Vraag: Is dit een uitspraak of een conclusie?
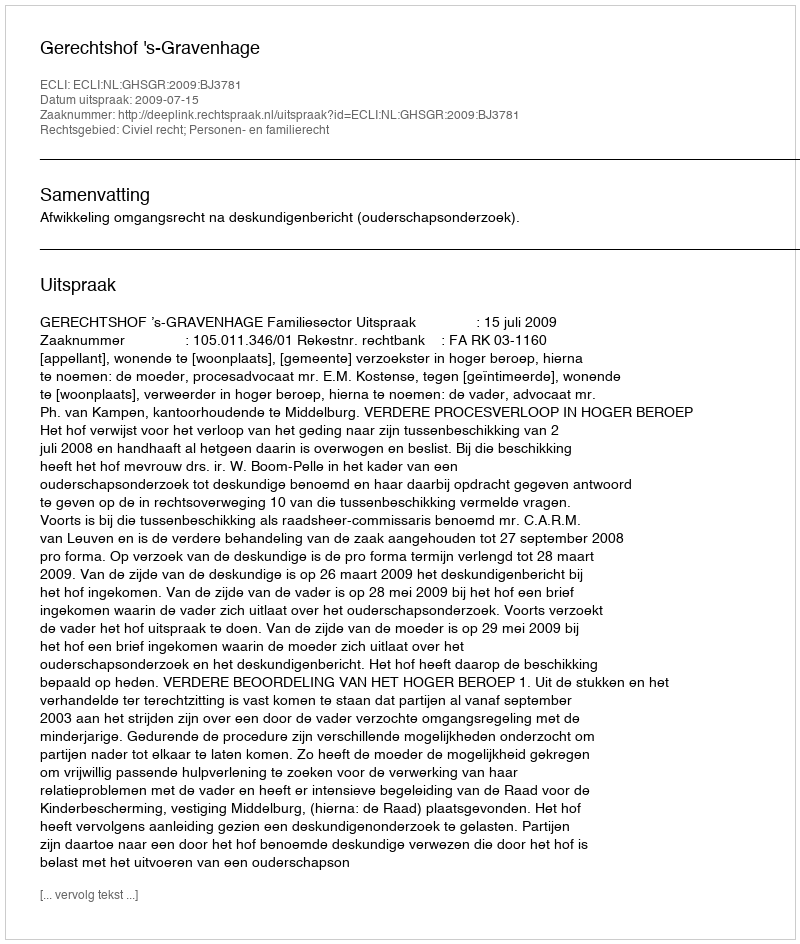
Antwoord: Uitspraak